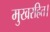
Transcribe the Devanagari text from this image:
मुखरहित।